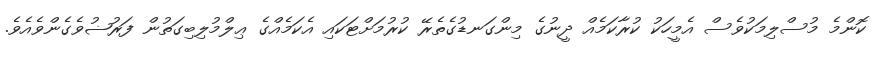
ކޮންމެ މުސްލިމަކުވެސް އެމީހަކު ކުރާކަމެއް ދީނުގެ މިންގަނޑުގެތެރޭ ކުރުމަށްޓަކައި އެކަމެއްގެ ޢިލްމުލިބިގަތުން ފަރުޟުވެގެންވެއެވެ.